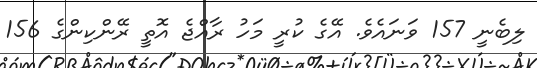
ލިބެނީ 157 ވަނައެވެ. އޭގެ ކުރީ މަހު ރާއްޖެ އޮތީ ރޭންކިންގެ 156